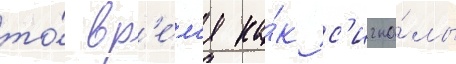
то́ вр'е́м'я ка́к с'игна́лы